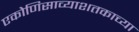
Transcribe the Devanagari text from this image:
एकोणिसाव्याशतकाच्या